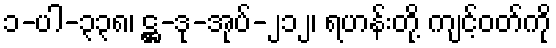
၁-ပါ-၃၃၈၊ ဋ္ဌ-ဒု-အုပ်-၂၁၂၊ ရဟန်းတို့ ကျင့်ဝတ်ကို